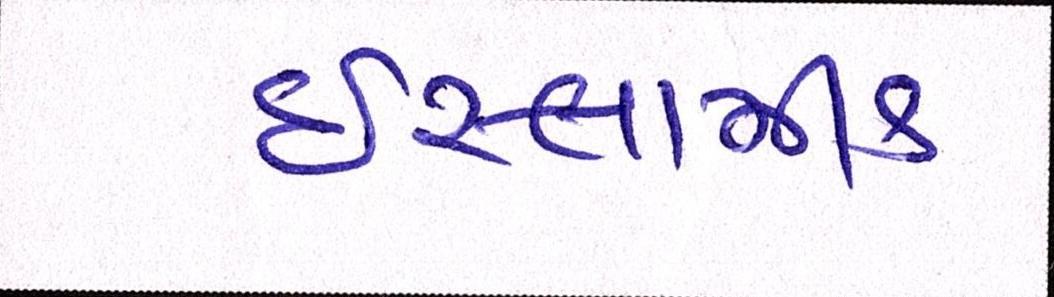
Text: ઈસ્લામીક